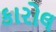
કારોલ